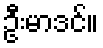
ဦးမာဒင်။